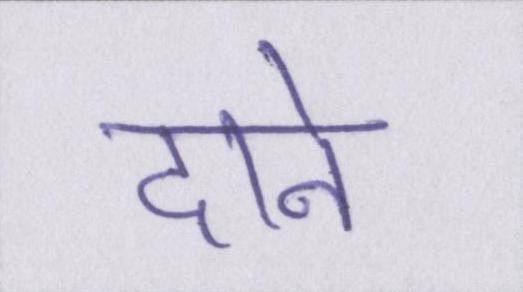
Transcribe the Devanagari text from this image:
दाने